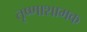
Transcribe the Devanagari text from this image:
तृष्णाशामक